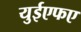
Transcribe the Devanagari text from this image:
युईएफए